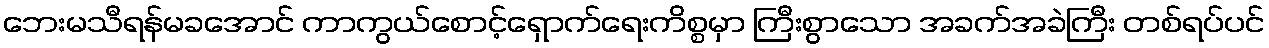
ဘေးမသီရန်မခအောင် ကာကွယ်စောင့်ရှောက်ရေးကိစ္စမှာ ကြီးစွာသော အခက်အခဲကြီး တစ်ရပ်ပင်